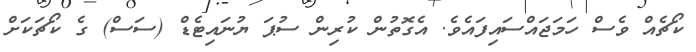
ކޯޗެއް ވެސް ހަމަޖައްސައިފައެވެ. އެގޮތުން ކުރިން ސުޕަ ޔުނައިޓެޑް (ސަސް) ގެ ކޯޗަކަށް